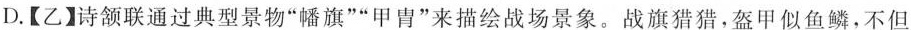
D.【乙】诗颔联通过典型景物”幡旗””甲胄”来描绘战场景象。战旗猎猎，盔甲似鱼鳞，不但